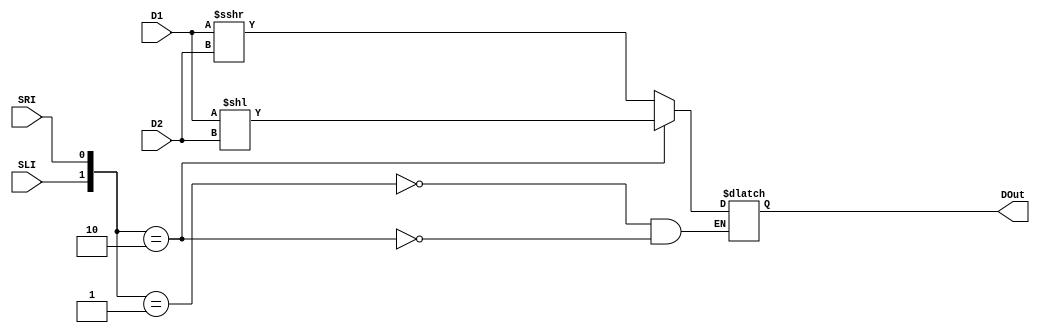
module shifter(DOut, D1, D2, SLI, SRI);

output reg[31:0] DOut;
input signed[31:0] D1;
input[31:0] D2;
input SLI;
input SRI;

wire[1:0] shift = {SLI,SRI};

always@(*)
begin
	case(shift)
	2'b01: DOut <= (D1 >>> D2);
	2'b10: DOut <= (D1 << D2);
	endcase
end

endmodule